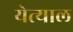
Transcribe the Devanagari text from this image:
येत्याल